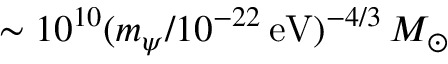
\sim 1 0 ^ { 1 0 } ( m _ { \psi } / 1 0 ^ { - 2 2 } \mathrm { \, e V } ) ^ { - 4 / 3 } \, M _ { \odot }